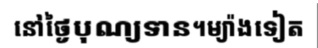
នៅថ្ងៃបុណ្យទាន។ម្យ៉ាងទៀត